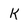
Character: k